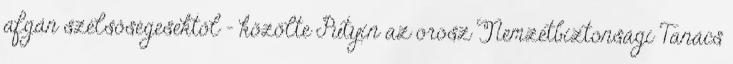
afgán szélsőségesektől - közölte Putyin az orosz Nemzetbiztonsági Tanács